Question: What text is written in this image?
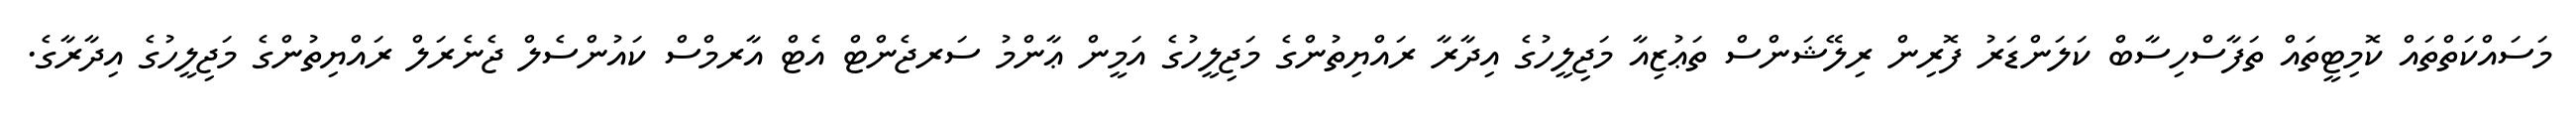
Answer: މަސައްކަތްތައް ކޮމިޓީތައް ތަފާސްހިސާބް ކަލަންޑަރު ފޮރިން ރިލޭޝަންސް ތަޢުޒިއާ މަޖިލީހުގެ އިދާރާ ރައްޔިތުންގެ މަޖިލީހުގެ އަމީން ޢާންމު ސަރޖެންޓް އެޓް އާރމްސް ކައުންސެލް ޖެނެރަލް ރައްޔިތުންގެ މަޖިލީހުގެ އިދާރާގެ.